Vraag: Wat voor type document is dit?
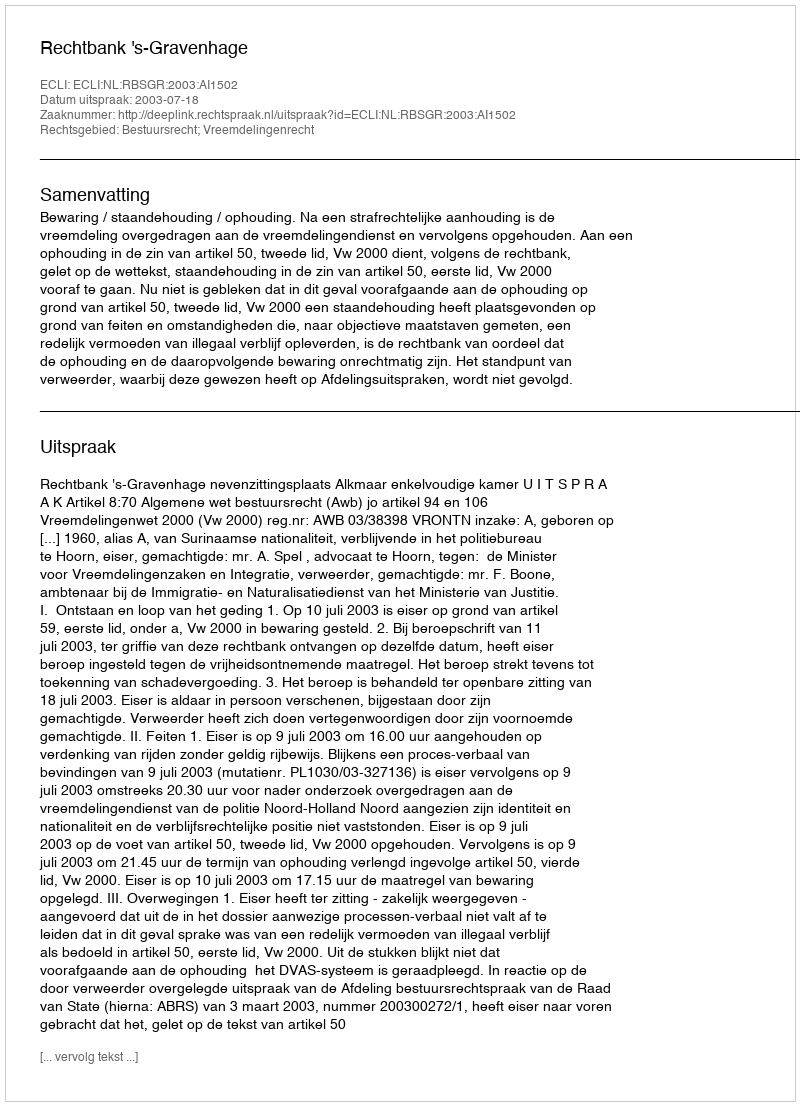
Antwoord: Uitspraak